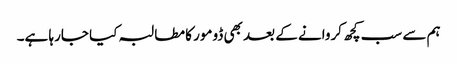
ہم سے سب کچھ کروانے کے بعد بھی ڈومور کا مطالبہ کیا جارہا ہے۔